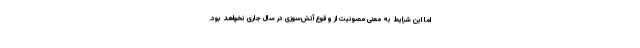
اما این شرایط به معنی مصونیت از وقوع آتش‌سوزی در سال جاری نخواهد بود.